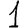
Digit: 1